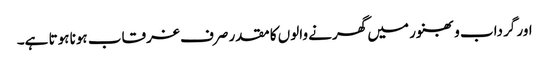
اور گرداب و بھنور میں گھرنے والوں کا مقدر صرف غرقاب ہونا ہوتا ہے۔